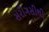
સરોગસીથી